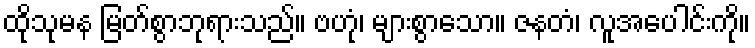
ထိုသုမန မြတ်စွာဘုရားသည်။ ဗဟုံ၊ များစွာသော။ ဇနတံ၊ လူအပေါင်းကို။